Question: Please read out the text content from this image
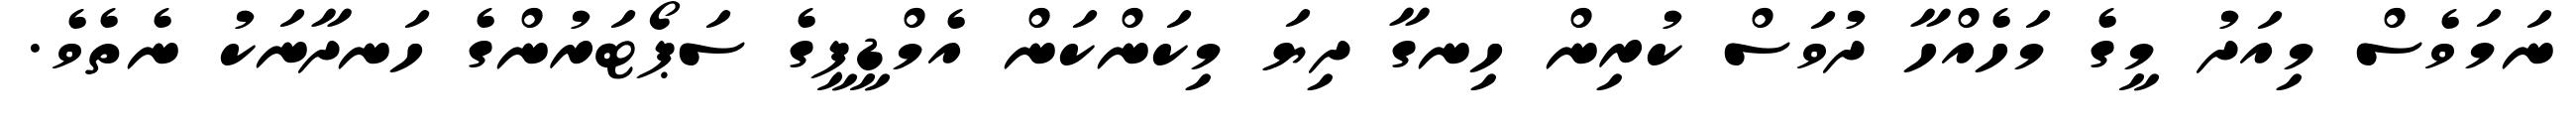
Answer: ނަމަވެސް މިއަދު މީގެ މަހެއްހާ ދުވަސް ކުރިން ހިނގާ ދިޔަ މިކަންކަން އެމްޑީޕީގެ ސަޕޯޓަރުންގެ ހަނދާނަކު ނެތެވެ.